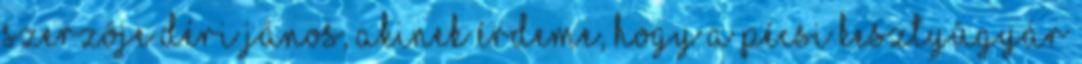
szerzôje Déri János, akinek érdeme, hogy a Pécsi Kesztyûgyár